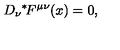
D _ { \nu } \mathrm { \mathrm { } ^ * \! } F ^ { \mu \nu } ( x ) = 0 ,